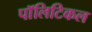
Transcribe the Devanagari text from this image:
पाॅलिटिकल